65_HS1-834228961_62-HQ-83894_Section_5
Agency: FBI
Page 187
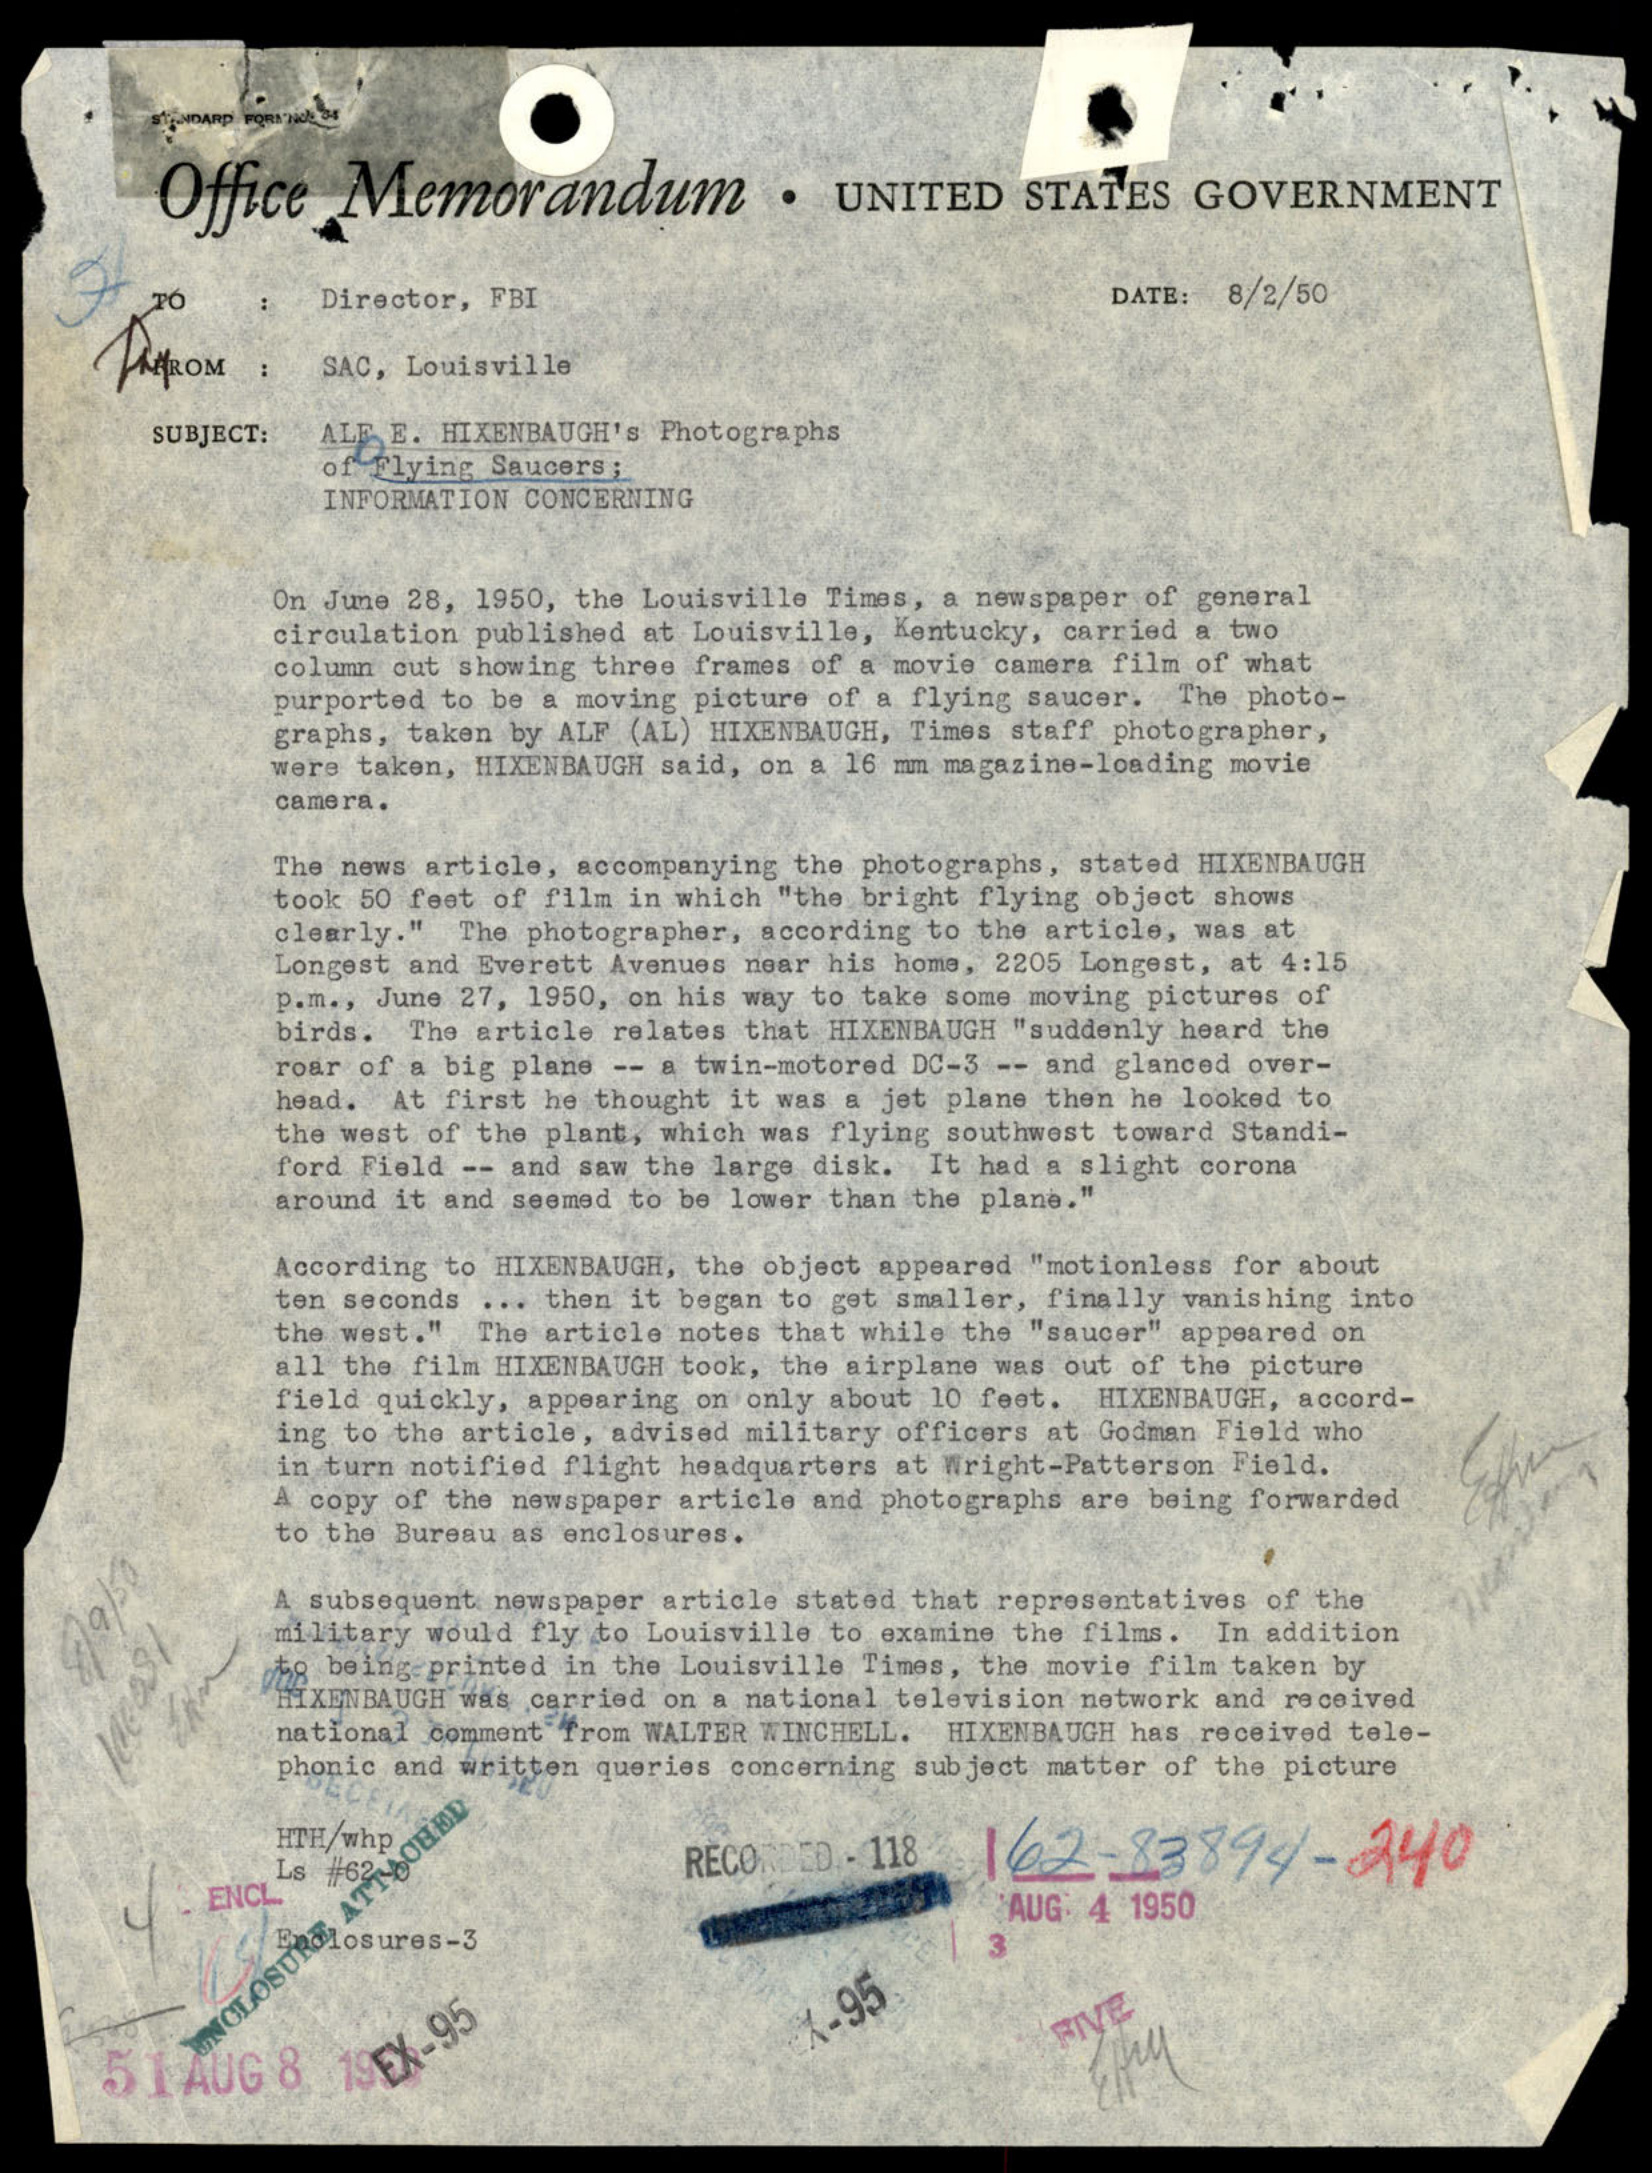